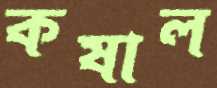
কষাল